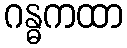
ဂန္ဓကထာ